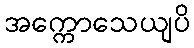
အက္ကောသေယျပိ